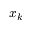
x _ { k }